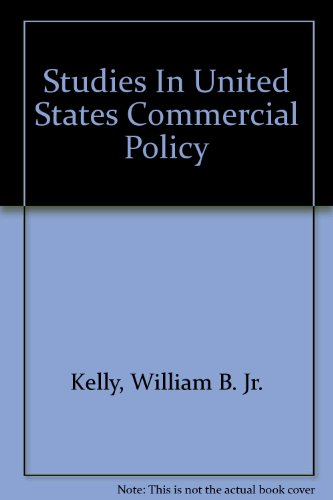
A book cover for Studies in United States Commercial Policy; William B. Kelly; Business & Money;